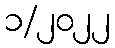
၁/၂၀၂၂